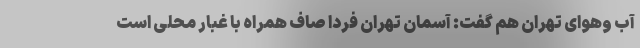
آب وهوای تهران هم گفت: آسمان تهران فردا صاف همراه با غبار محلی است